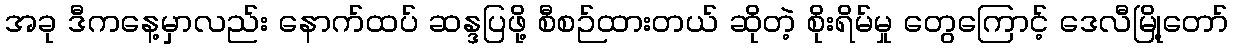
အခု ဒီကနေ့မှာလည်း နောက်ထပ် ဆန္ဒပြဖို့ စီစဉ်ထားတယ် ဆိုတဲ့ စိုးရိမ်မှု တွေကြောင့် ဒေလီမြို့တော်